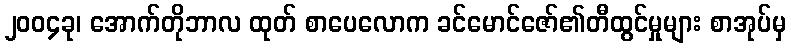
၂၀၀၄ခု၊ အောက်တိုဘာလ ထုတ် စာပေလောက ခင်မောင်ဇော်၏တီထွင်မှုများ စာအုပ်မှ